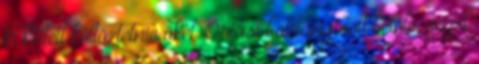
ki kellett költöztetnie őket. Óriási botrány volt belőle, végül